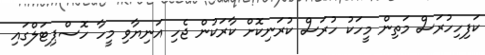
ކަފިހިހުރަސް މަތިން މީހަކު ހުރަސް ކުރަނިކޮށް ކާރަކުން ޖެހި އަނިޔާވި މީހާ ހޮސްޕިޓަލްގައި